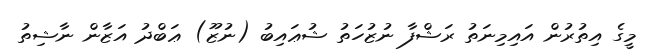
މީގެ އިތުރުން އައިމިނަތު ރަޝްފާ ނުޒުހަތު ޝުޢައިބު (ނުޒޫ) ޢަބްދު އަޒާން ނާޝިތު